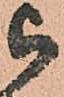
被